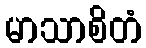
မာသာစိတံ